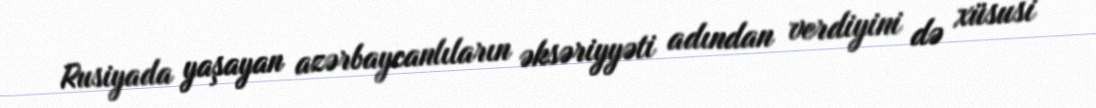
Rusiyada yaşayan azərbaycanlıların əksəriyyəti adından verdiyini də xüsusi